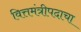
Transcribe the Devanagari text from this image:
वित्तमंत्रीपदाचा